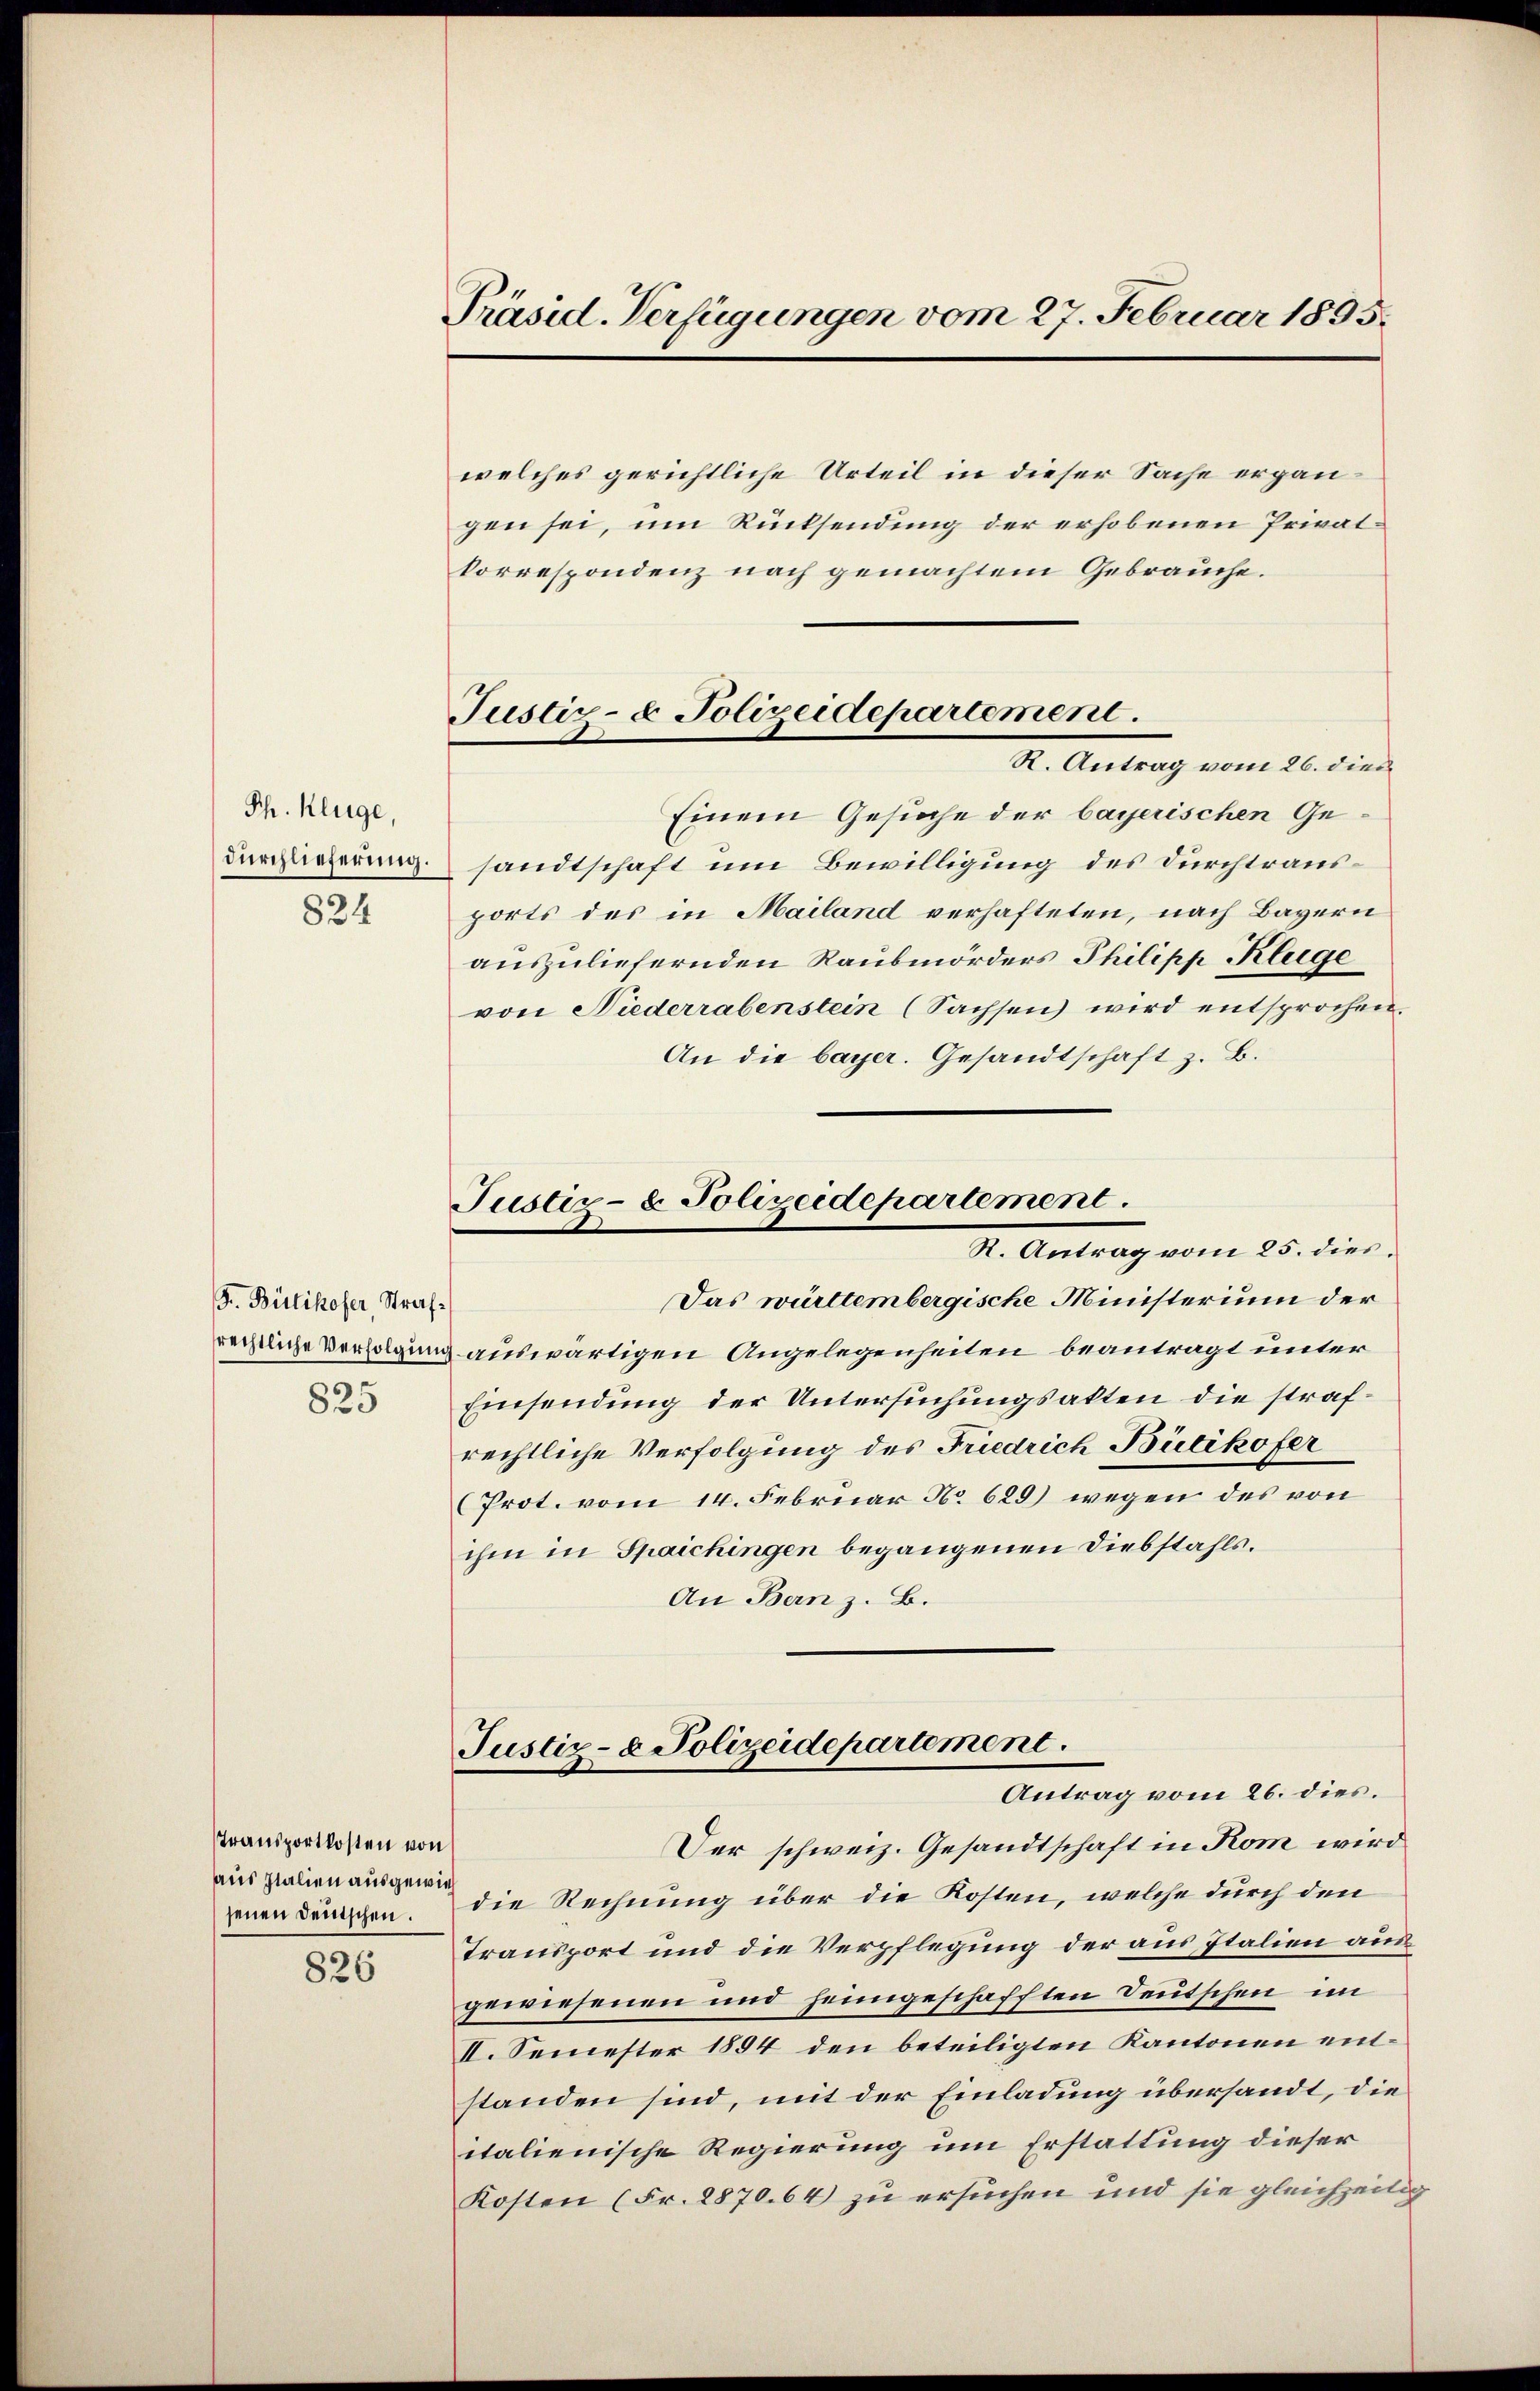
Ph. Kluge,
durchlieferung.

824

F. Bütikofer Strafrechtliche Verfolgung
825

Transportkosten von
aus Italien ausgewie
jenen denschen.

826

Präsid. Verfügungen vom 27. Februar 1835.

Justiz- & Polizeidepartement.
R. Antrag vom 26. dies

Justiz- & Polizeidepartement.
R. Antrag vom 25. dies

welches gerichtliche Urteil in dieser Sache ergangen sei, um Rücksendung der erhobenen Privatkorrespondenz nach gemachtem Gebrauche.
Einem Gesuche der bayerischen Gesandtschaft um Bewilligung des Durchtrausports des in Mailand verhafteten, nach Bayern
auszuliefernden Raubmörders Philipp Kluge
von Niederrabenstein (Sachsen wird entsprochen.
An die bayer. Gesandtschaft z. B.
Das württembergische Ministerium der
auswärtigen Angelegenheiten beantragt unter
Einsendung der Untersuchungsakten die strafrechtliche Verfolgung des Friedrich Bütikofer
(Prot. vom 14. Februar No 629) wegen des von
ihm in Spaichingen begangenen Diebstahls.
An Bern z. B.
Justiz- & Polizeidepartement.
Antrag vom 26. dies.
Der schweiz. Gesandtschaft in Rom wird
die Rechnung über die Kosten, welche durch den
transport und die Verpflegung der aus Italien aus
gewiesenen und heimgeschafften Deutschen im
II. Semester 1894 den beteiligten Kantonen entstanden sind, mit der Einladung übersandt, die
italienische Regierung um Erstattung dieser
Kosten (Fr. 8870. 64 zu ersuchen und sie gleichzeitig